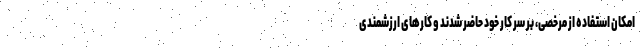
امکان استفاده از مرخصی، بر سر کار خود حاضر شدند و کارهای ارزشمندی